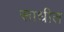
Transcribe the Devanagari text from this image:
साधीत